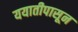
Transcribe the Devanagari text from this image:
ययातीपासून